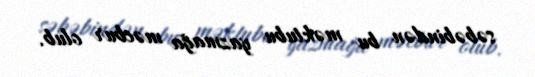
səbəbindən bu məktubu yazmağa məcbur olub.